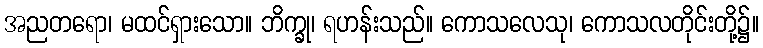
အညတရော၊ မထင်ရှားသော။ ဘိက္ခု၊ ရဟန်းသည်။ ကောသလေသု၊ ကောသလတိုင်းတို့၌။